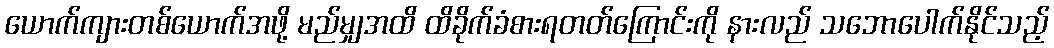
ယောက်ကျားတစ်ယောက်အဖို့ မည်မျှအထိ ထိခိုက်ခံစားရတတ်ကြောင်းကို နားလည် သဘောပေါက်နိုင်သည့်